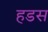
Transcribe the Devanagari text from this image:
हडस